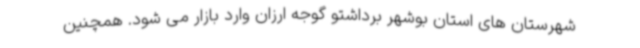
شهرستان های استان بوشهر برداشتو گوجه ارزان وارد بازار می شود. همچنین